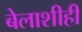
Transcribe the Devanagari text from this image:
बेलाशीही